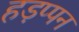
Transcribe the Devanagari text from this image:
हड़प्पन